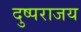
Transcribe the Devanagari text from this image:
दुष्पराजय